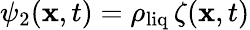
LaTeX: \psi_{2}(\mathbf x,t)=\rho_{\mathrm{liq}}\, \zeta(\mathbf x,t)